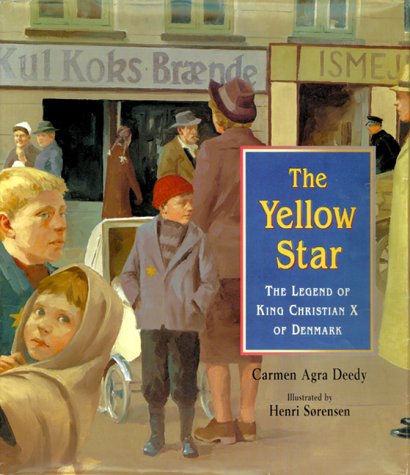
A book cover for The Yellow Star: The Legend of King Christian X of Denmark; Carmen Agra Deedy; Children's Books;